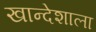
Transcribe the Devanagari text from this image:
खान्देशाला